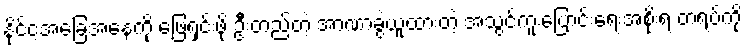
နိုင်ငံ့အခြေအနေကို ဖြေရှင်းဖို့ ဦးတည်တဲ့ အာဏာခွဲယူထားတဲ့ အသွင်ကူးပြောင်းရေးအစိုးရ တရပ်ကို